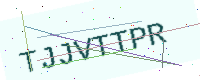
Text: TJJVTTPR